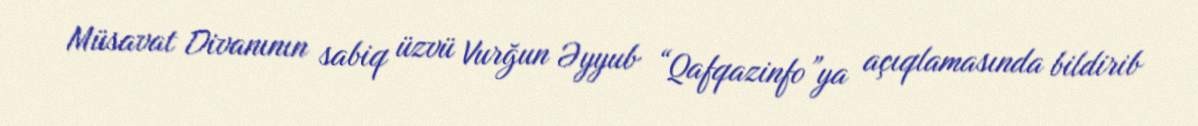
Müsavat Divanının sabiq üzvü Vurğun Əyyub “Qafqazinfo”ya açıqlamasında bildirib